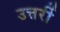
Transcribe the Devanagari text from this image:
उत्तर्री